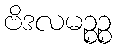
ဗိဒလမဉ္စဉ္စ